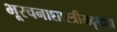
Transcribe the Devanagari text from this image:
भूरचनाशास्त्रीयदृष्ट्या